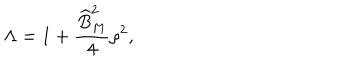
\Lambda = 1 + \frac { \widehat { B } _ { M } ^ { 2 } } { 4 } \rho ^ { 2 } ,